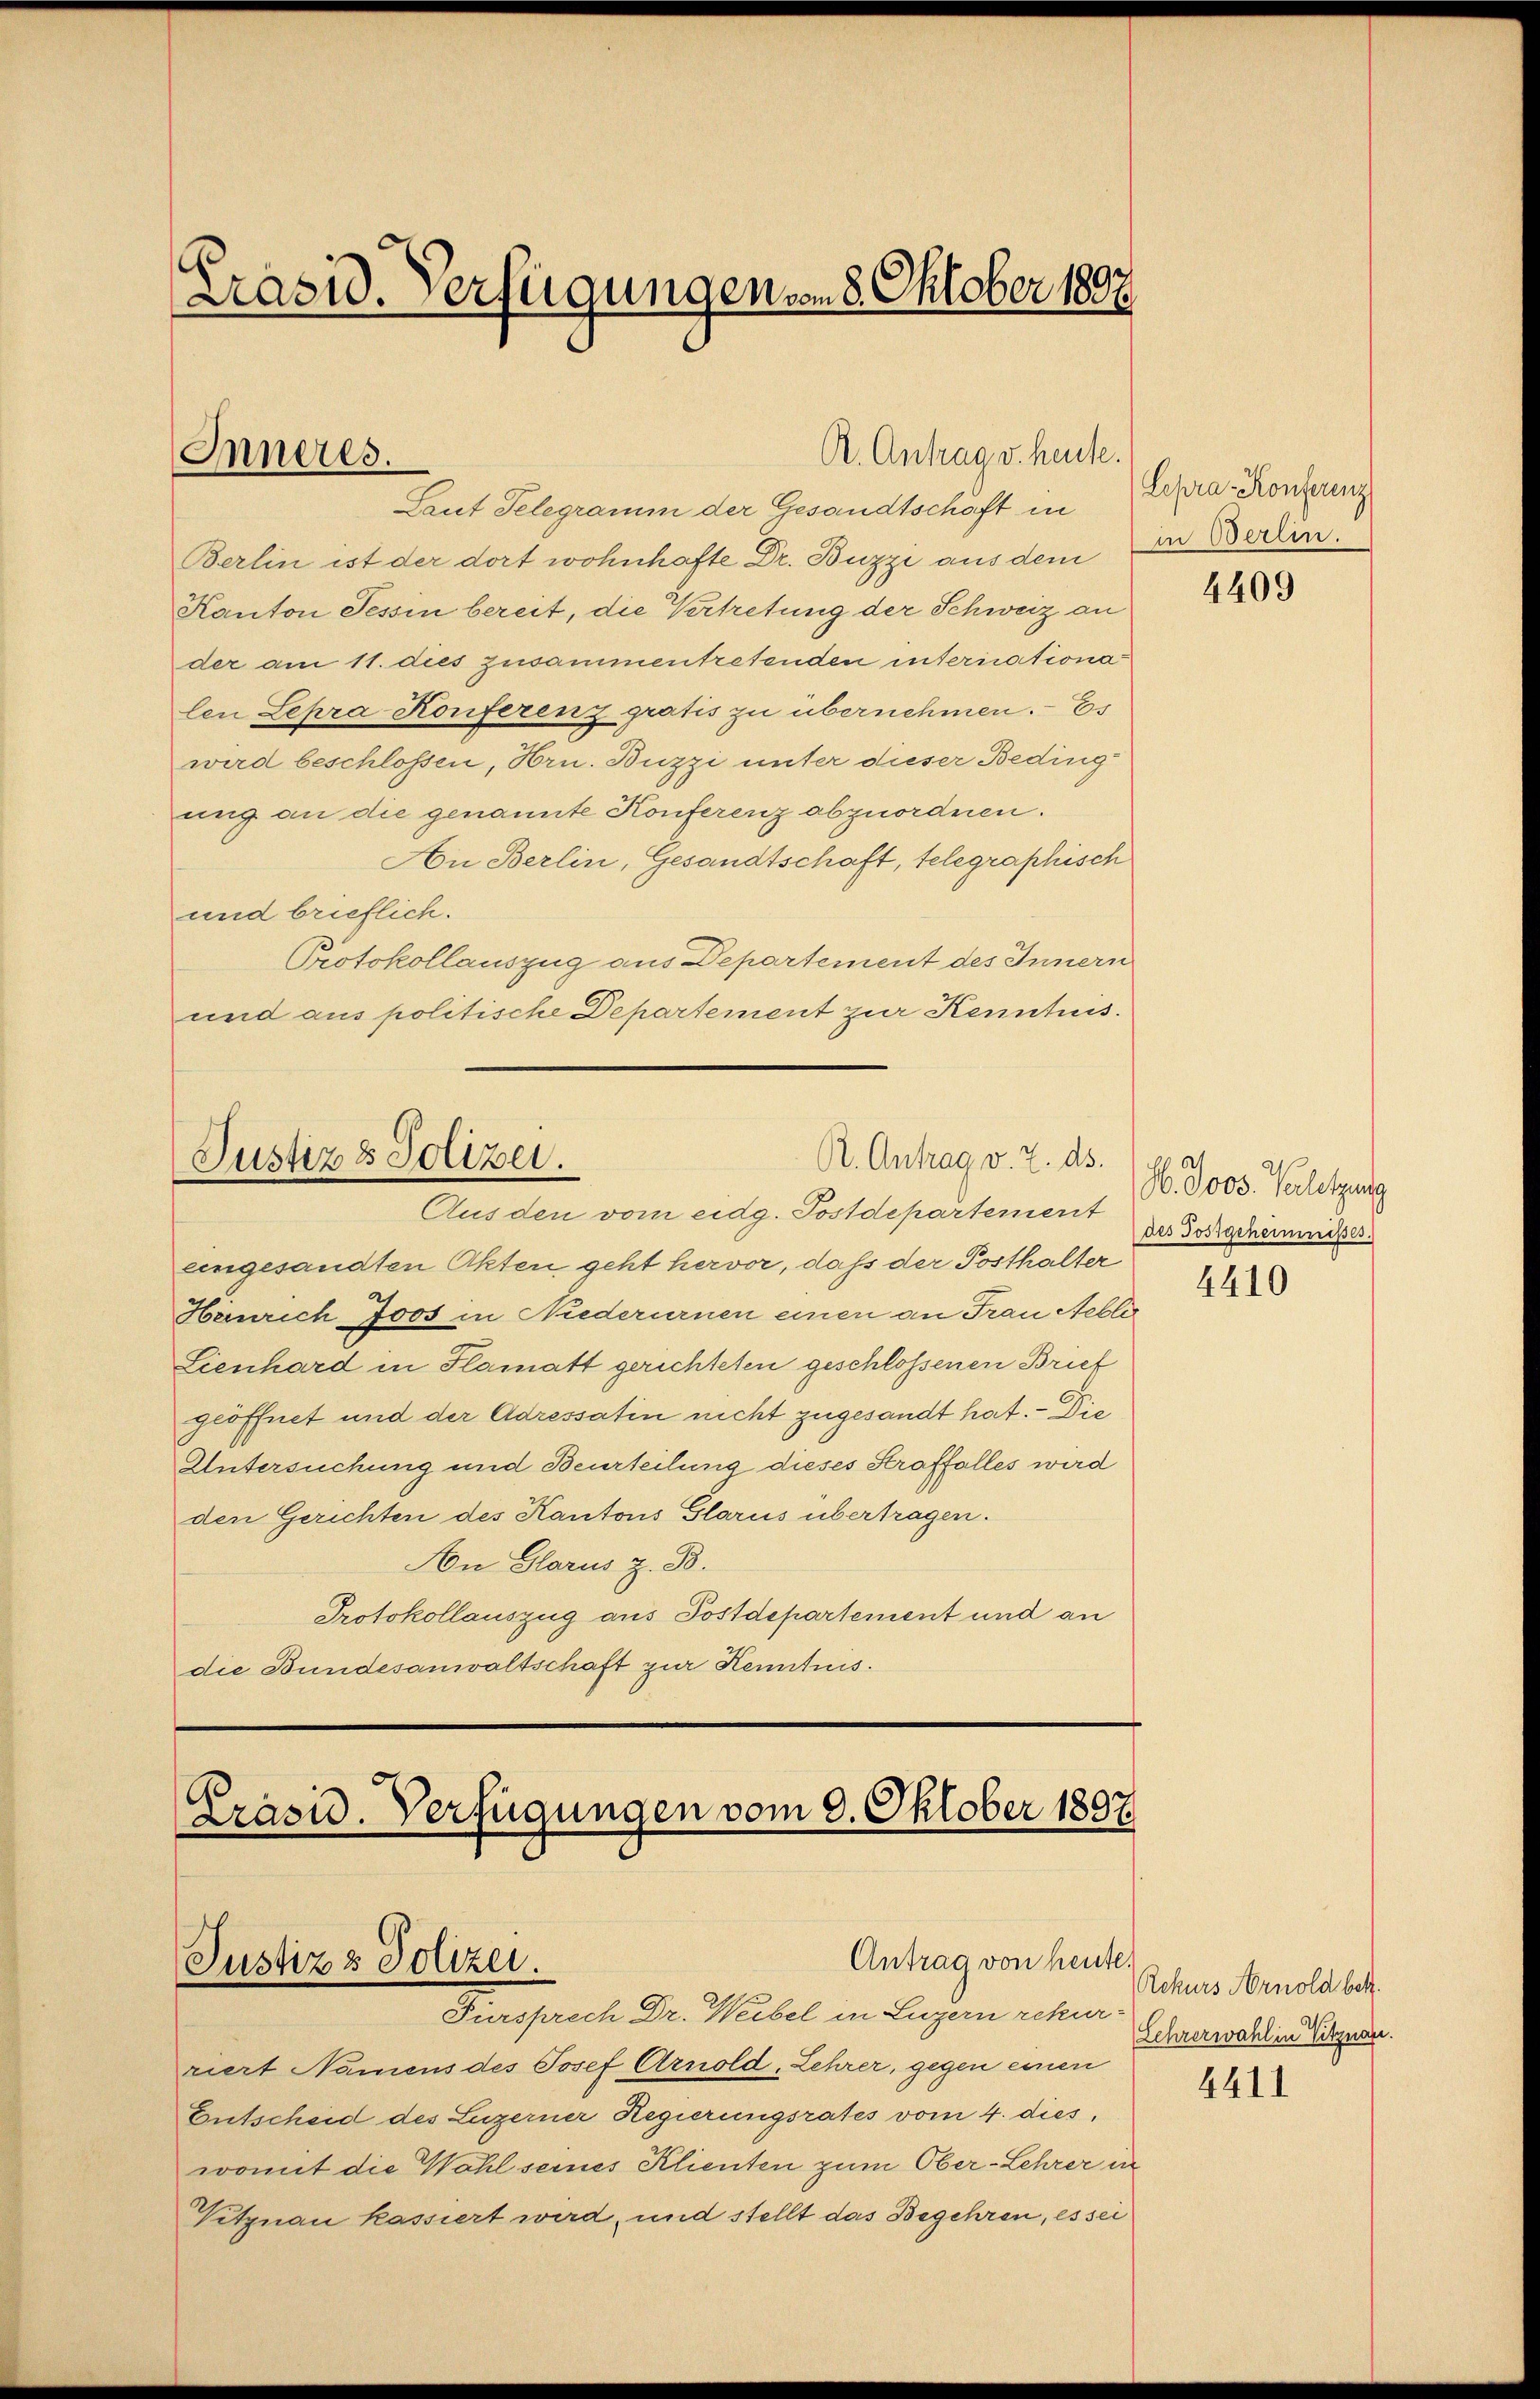
Laut Telegramm der Gesandtschaft in Lepra-Konferenz
Berlin ist der dort wohnhafte Dr. Buzzi aus dem
Kanton Tessin bereit, die Vertretung der Schweiz an
der am 11. dies zusammentretenden interiationa
len Lepra Konferenz gratis zu übernehmen. Es
wird beschlossen, Hrn. Duzzi unter dieser Beding-
ung an die genannte Konferenz abzuordnen.
An Berlin, Gesandtschaft, telegraphisch
und brieflich.
Protokollauszug aus Departement des Innern
und aus politische Departement zur Kenntnis

Präsid. Verfügungen vom 8. Oktober 1807.

Inneres.

A. Antrag v. heute.

R. Antrag v. 2. ds.
Justiz & Polizei.
Ausden vom eidg. Postdepartement

eingesandten Akten geht hervor, daß der Posthalter
Hönrich Joos in Niederurnen einen an Frau Nebli
Lienhard in Flamatt gerichteten geschlossenen Brief
geöffnet und der Adressatin nicht zugesandt hat. — Die
Untersuchung und Beurteilung dieses Straffalles wird
den Gerichten des Kantons Glarus übertragen.
An Glarus z. B.
Protokollauszug aus Postdepartement und an
die Bundesanwaltschaft zur Kenntnis.

Präsid. Verfügungen vom 8. Oktober 1897

Justiz & Polizei.

Antrag von heute.

Fürsprich Dr. Weibel in Luzern sche
riert Namens des Josef Arnold Lehrer, gegen einen
Entscheid des Luzerner Regierungsrates vom 4. dies,
womit die Wahl seines Klienten zum Ober-Lehrer in
Vitznau kassiert wird, und stellt das Begehren, es sei

in Berlin.

4409

H. Joos. Verletzung
des Postgeheimnises.

4410

Rekurs Arnold betr.
Lehrerwahl in Vitznau.

4411